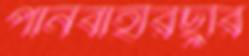
পানবাহারছুরি